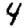
Digit: 4